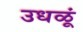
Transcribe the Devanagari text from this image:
उधळूं